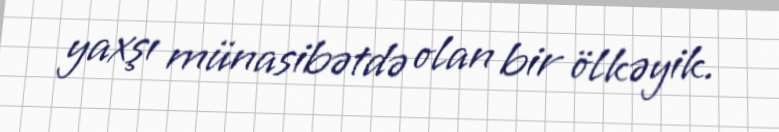
yaxşı münasibətdə olan bir ölkəyik.